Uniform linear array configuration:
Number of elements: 48
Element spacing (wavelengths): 1
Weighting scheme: hann
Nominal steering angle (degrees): -30
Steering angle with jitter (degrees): -31.913
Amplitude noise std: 0.05
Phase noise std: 0.05

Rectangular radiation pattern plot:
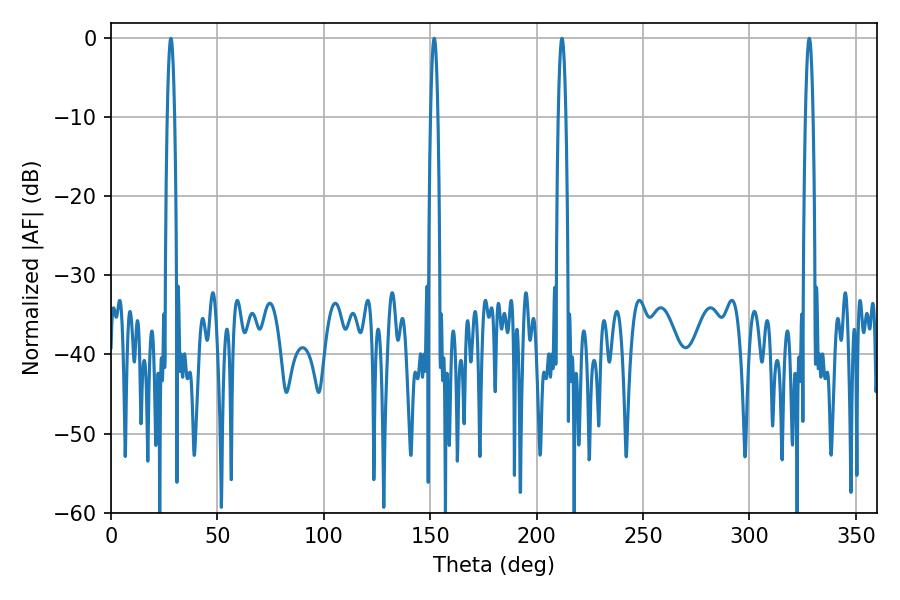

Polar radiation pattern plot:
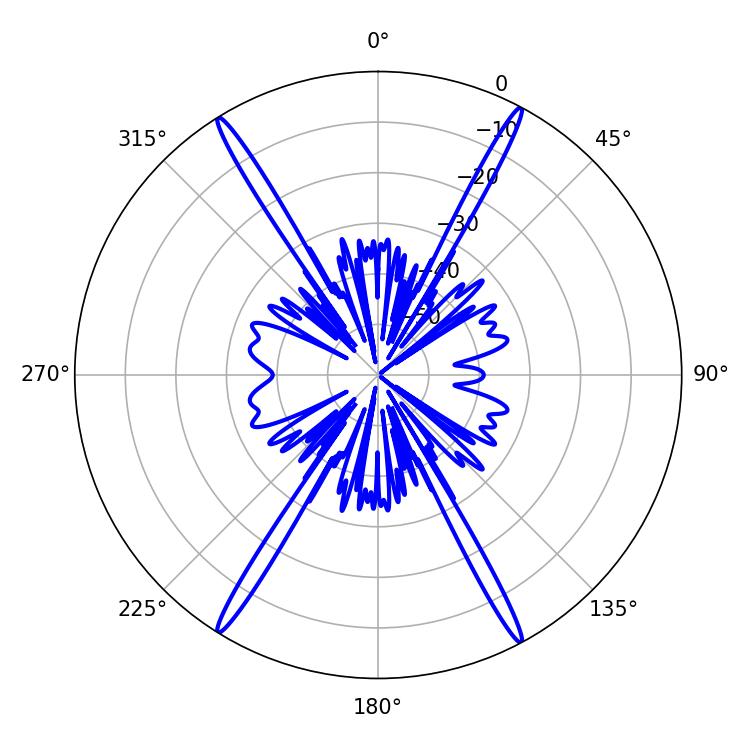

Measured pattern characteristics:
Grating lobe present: TRUE
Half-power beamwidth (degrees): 1.98
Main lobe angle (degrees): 328.14